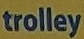
trolley